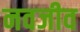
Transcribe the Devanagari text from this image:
नवजीव